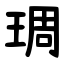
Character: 琱